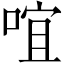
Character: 𠵌